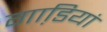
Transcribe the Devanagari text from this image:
गाडि़यां